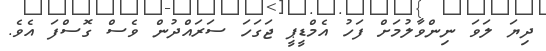
ދިޔަ ލަވަ ނިންވާލުމަށް ފަހު އެމްޑީޕީ ޖަގަހަ ސަރައްދުން ވެސް ގޮސްފަ އެވެ.